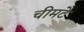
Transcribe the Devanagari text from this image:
चीमटे